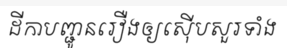
ដីកាបញ្ជូនរឿងឲ្យស៊ើបសួរទាំង